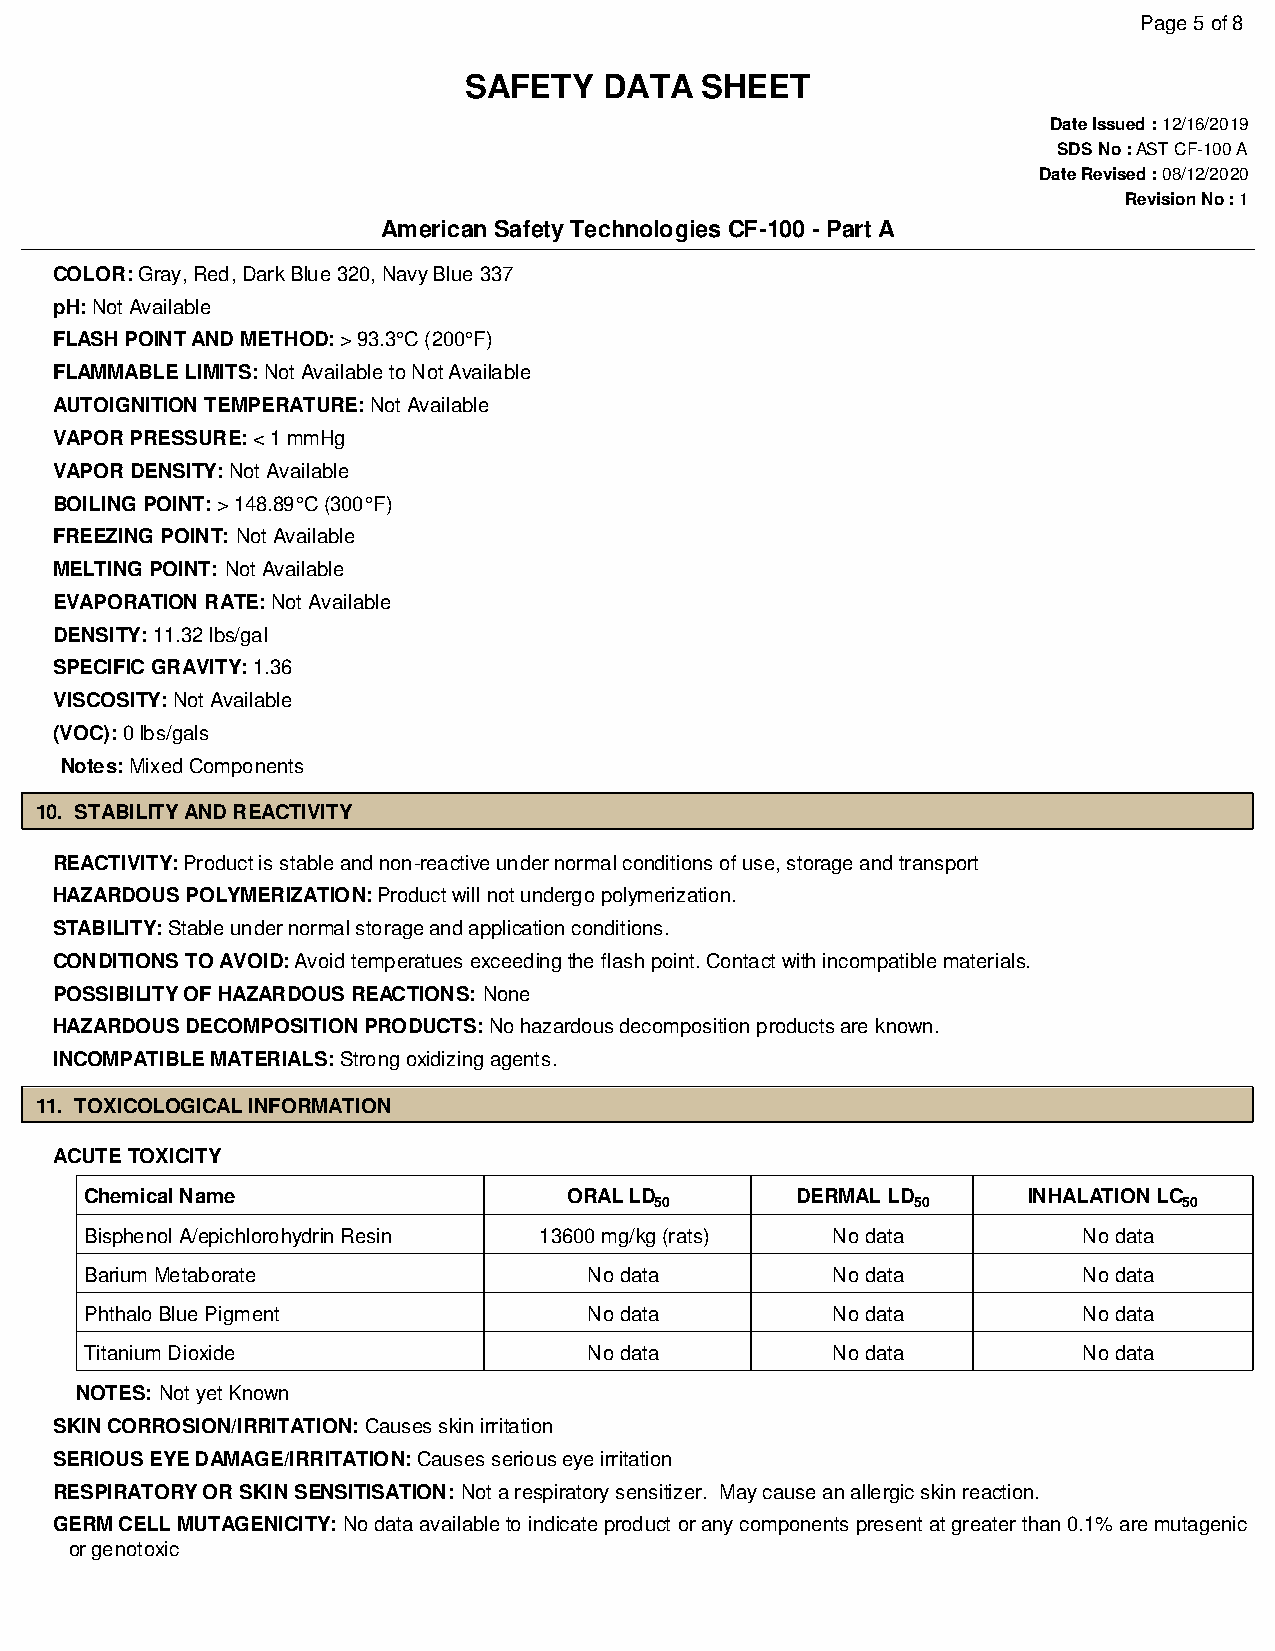
Page 5 of 8
 SAFETY   DATA  SHEET
 Date Issued : 12/16/2019
 SDS No : AST CF-100 A
 Date Revised : 08/12/2020
 Revision No : 1
 American Safety Technologies CF-100 - Part A
 COLOR: Gray, Red, Dark Blue 320, Navy Blue 337
 pH: Not Available
 FLASH POINT AND METHOD: > 93.3°C (200°F)
 FLAMMABLE LIMITS: Not Available to Not Available
 AUTOIGNITION TEMPERATURE: Not Available
 VAPOR PRESSURE: < 1 mmHg
 VAPOR DENSITY: Not Available
 BOILING POINT: > 148.89°C (300°F)
 FREEZING POINT: Not Available
 MELTING POINT: Not Available
 EVAPORATION RATE: Not Available
 DENSITY: 11.32 lbs/gal
 SPECIFIC GRAVITY: 1.36
 VISCOSITY: Not Available
 (VOC): 0 lbs/gals
 Notes: Mixed Components
 10. STABILITY AND REACTIVITY
 REACTIVITY: Product is stable and non-reactive under normal conditions of use, storage and transport
 HAZARDOUS POLYMERIZATION: Product will not undergo polymerization.
 STABILITY: Stable under normal storage and application conditions.
 CONDITIONS TO AVOID: Avoid temperatues exceeding the flash point. Contact with incompatible materials.
 POSSIBILITY OF HAZARDOUS REACTIONS: None
 HAZARDOUS DECOMPOSITION PRODUCTS: No hazardous decomposition products are known.
 INCOMPATIBLE MATERIALS: Strong oxidizing agents.
 11. TOXICOLOGICAL INFORMATION
 ACUTE TOXICITY
 Chemical Name                   ORAL LD        DERMAL LD      INHALATION LC
 50                50               50
 Bisphenol A/epichlorohydrin Resin 13600 mg/kg (rats) No data      No data
 Barium Metaborate                No data         No data          No data
 Phthalo Blue Pigment             No data         No data          No data
 Titanium Dioxide                 No data         No data          No data
 NOTES: Not yet Known
 SKIN CORROSION/IRRITATION: Causes skin irritation
 SERIOUS EYE DAMAGE/IRRITATION: Causes serious eye irritation
 RESPIRATORY OR SKIN SENSITISATION: Not a respiratory sensitizer. May cause an allergic skin reaction.
 GERM CELL MUTAGENICITY: No data available to indicate product or any components present at greater than 0.1% are mutagenic
 or genotoxic